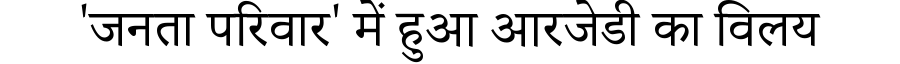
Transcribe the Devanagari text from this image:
'जनता परिवार' में हुआ आरजेडी का विलय